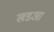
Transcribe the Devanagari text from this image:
खडआ